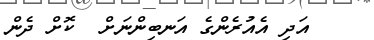
އަދި އެއުރެންގެ އަނބިންނަށް  ކޮށް ދެން